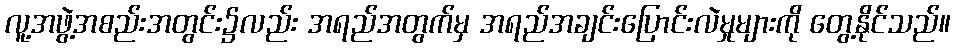
လူ့အဖွဲ့အစည်းအတွင်း၌လည်း အရည်အတွက်မှ အရည်အချင်းပြောင်းလဲမှုများကို တွေ့နိုင်သည်။